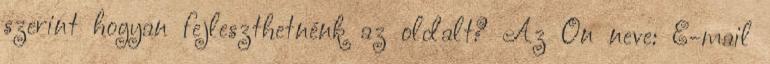
szerint hogyan fejleszthetnénk az oldalt? Az Ön neve: E-mail